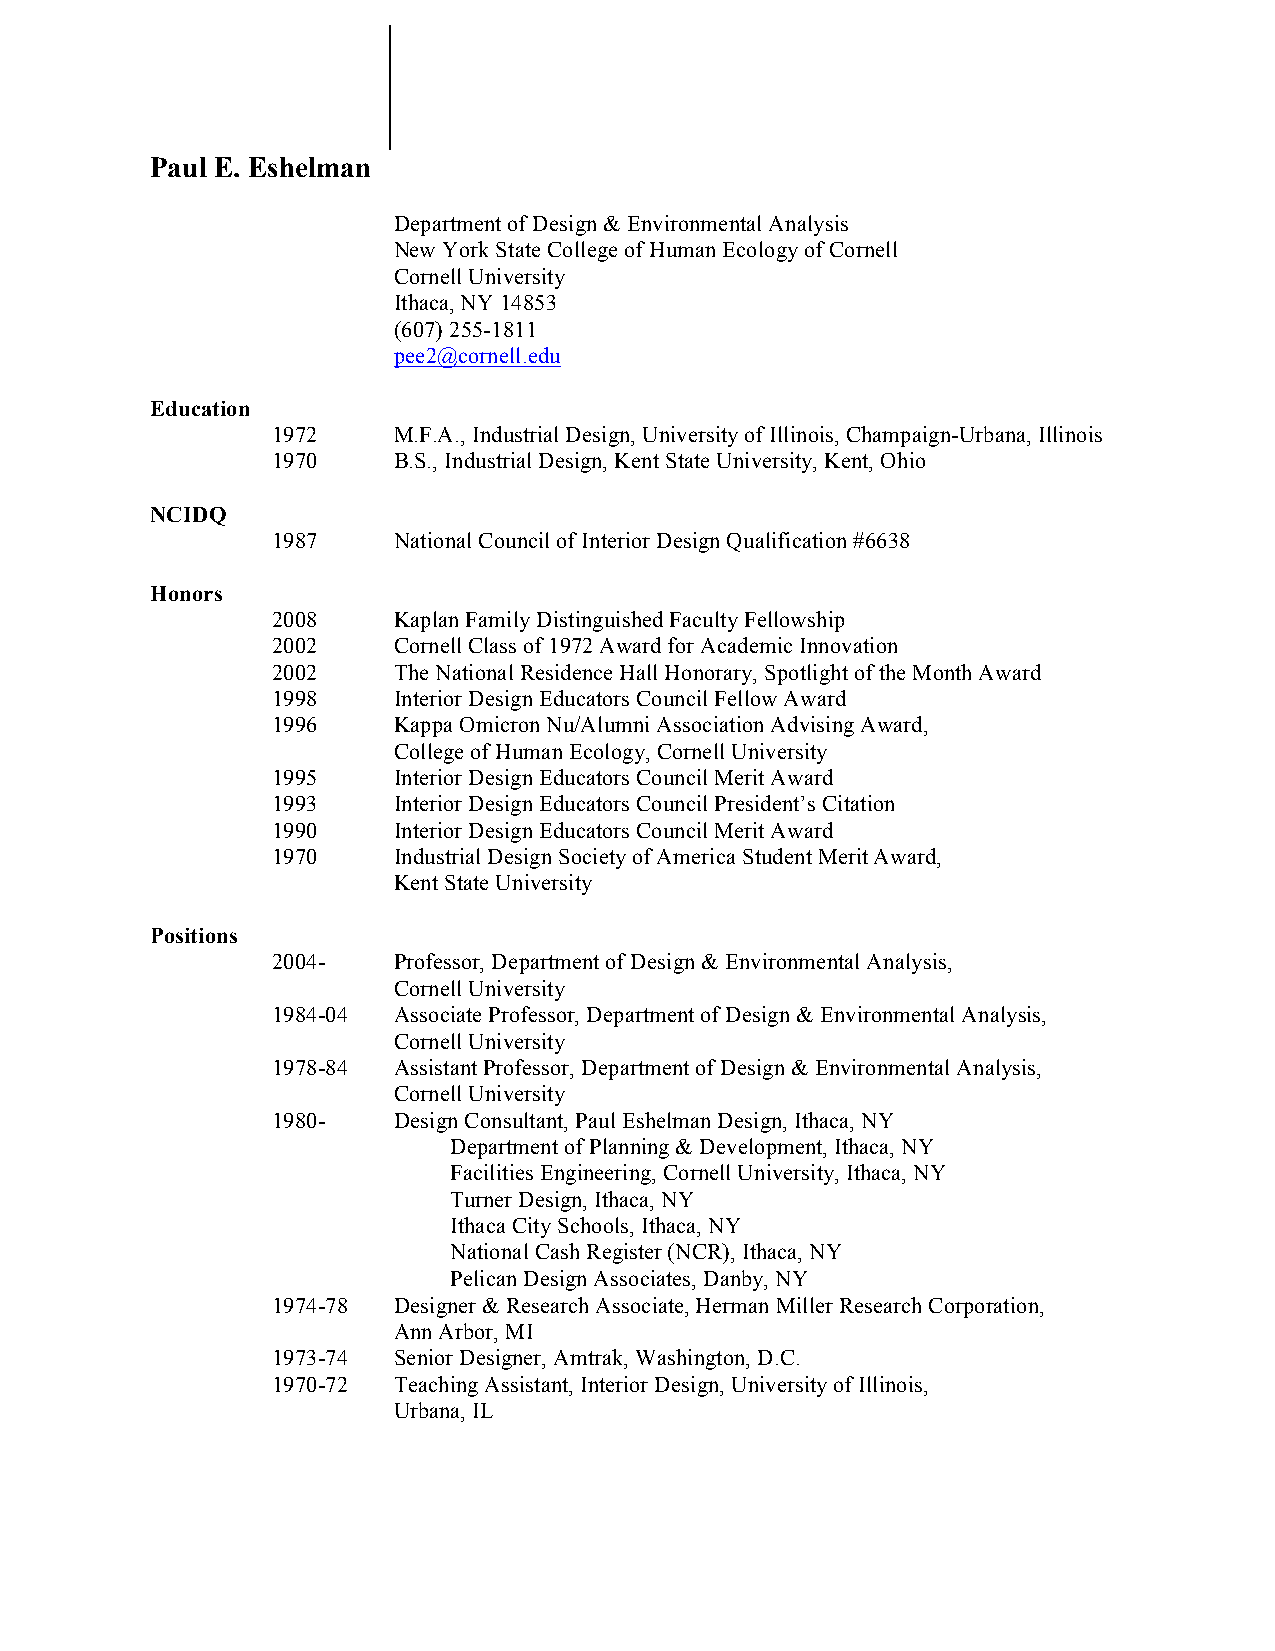
Paul E. Eshelman
 Department of Design & Environmental Analysis
 New York State College of Human Ecology of Cornell
 Cornell University
 Ithaca, NY 14853
 (607) 255-1811
 pee2@cornell.edu
 Education
 1972    M.F.A., Industrial Design, University of Illinois, Champaign-Urbana, Illinois
 1970    B.S., Industrial Design, Kent State University, Kent, Ohio
 NCIDQ
 1987    National Council of Interior Design Qualification #6638
 Honors
 2008    Kaplan Family Distinguished Faculty Fellowship
 2002    Cornell Class of 1972 Award for Academic Innovation
 2002    The National Residence Hall Honorary, Spotlight of the Month Award
 1998    Interior Design Educators Council Fellow Award
 1996    Kappa Omicron Nu/Alumni Association Advising Award,
 College of Human Ecology, Cornell University
 1995    Interior Design Educators Council Merit Award
 1993    Interior Design Educators Council President’s Citation
 1990    Interior Design Educators Council Merit Award
 1970    Industrial Design Society of America Student Merit Award,
 Kent State University
 Positions
 2004-   Professor, Department of Design & Environmental Analysis,
 Cornell University
 1984-04 Associate Professor, Department of Design & Environmental Analysis,
 Cornell University
 1978-84 Assistant Professor, Department of Design & Environmental Analysis,
 Cornell University
 1980-   Design Consultant, Paul Eshelman Design, Ithaca, NY
 Department of Planning & Development, Ithaca, NY
 Facilities Engineering, Cornell University, Ithaca, NY
 Turner Design, Ithaca, NY
 Ithaca City Schools, Ithaca, NY
 National Cash Register (NCR), Ithaca, NY
 Pelican Design Associates, Danby, NY
 1974-78 Designer & Research Associate, Herman Miller Research Corporation,
 Ann Arbor, MI
 1973-74 Senior Designer, Amtrak, Washington, D.C.
 1970-72 Teaching Assistant, Interior Design, University of Illinois,
 Urbana, IL